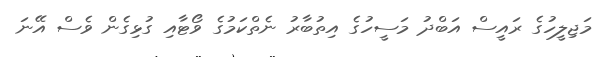
މަޖިލީހުގެ ރައީސް އަބްދު މަސީހުގެ އިތުބާރު ނެތްކަމުގެ ވޯޓާއި ގުޅިގެން ވެސް އޭނަ